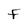
Character: F